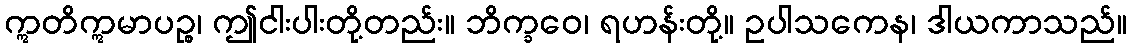
ဣတိဣမာပဉ္စ၊ ဤငါးပါးတို့တည်း။ ဘိက္ခဝေ၊ ရဟန်းတို့။ ဥပါသကေန၊ ဒါယကာသည်။